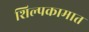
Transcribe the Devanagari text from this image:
शिल्पकामात